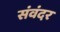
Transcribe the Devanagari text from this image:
संवंदर